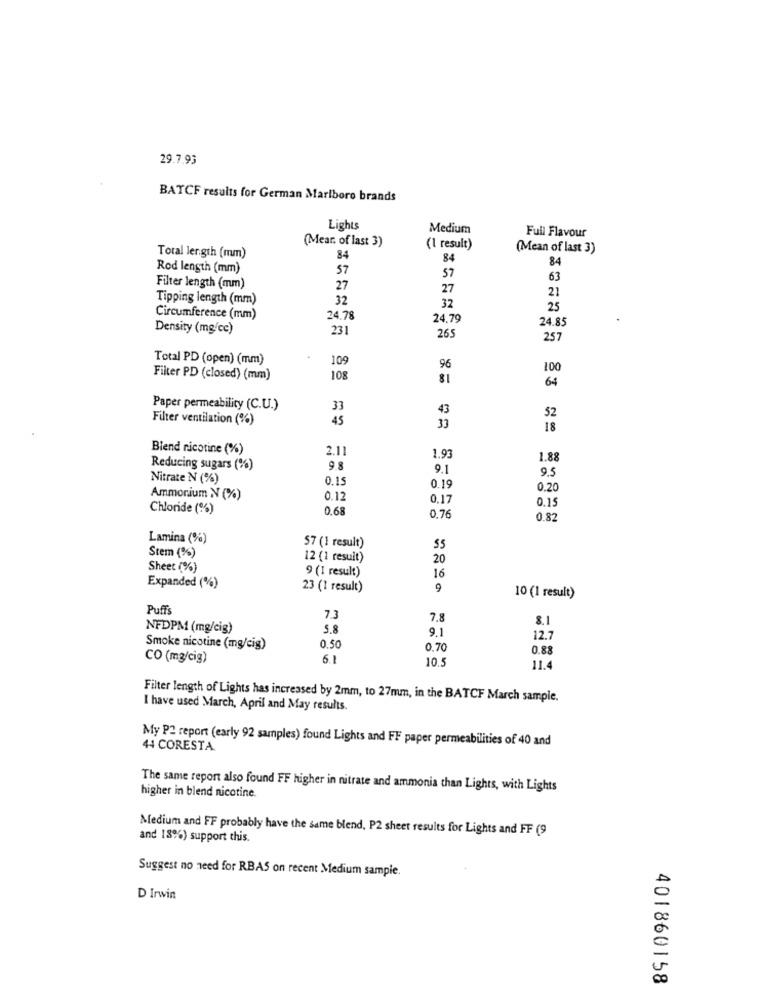
29.7.93
BATCF results for German Marlboro brands
Lights
Medium
Full Flavour
(Mear. of last 3)
(1 result)
(Mean of last 3)
Total length (mm)
84
84
84
Rod length (mm)
57
57
63
Filter length (mm)
27
27
21
Tipping length (mm)
32
32
25
Circumference (mm)
24.78
24.79
24.85
Density (mg/cc)
231
265
257
Total PD (open) (mm)
109
96
100
Filter PD (closed) (mm)
108
81
64
Paper permeability (C.U.)
33
43
52
Filter ventilation (%)
45
33
18
Blend nicotine (%)
2.11
1.93
1.88
Reducing sugars (%)
9.8
9.1
Nitrate N (%)
0.15
9.5
0.19
0.20
Ammonium N (%)
0.12
0.17
0.15
Chloride (%)
0.68
0,76
0.82
Lamina (%)
57 (1 result)
55
Stem (%)
12 (1 resuit)
20
Sheet (%)
9 (1 result)
16
Expanded (%)
23 (1 result)
9
10 (1 result)
Puffs
7.3
7.8
8.1
NFDPM (mg/cig)
5.8
9.1
12.7
Smoke nicotine (mg/cig)
0.50
0.70
0.88
CO (m3/cig)
6.1
10.5
11.4
Filter length of Lights has increased by 2mm, to 27mm, in the BATCF March sample.
I have used March, April and May results.
My P2 report (early 92 samples) found Lights and FF paper permeabilities of 40 and
44 CORESTA
The same report also found FF higher in nitrate and ammonia than Lights, with Lights
higher in blend nicotine
Medium and FF probably have the same blend, P2 sheet results for Lights and FF (9
and 18%) support this.
Suggest no need for RBAS on recent Medium sample.
D Irwin
401860158